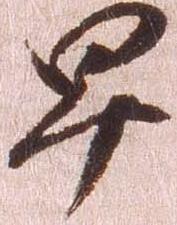
早